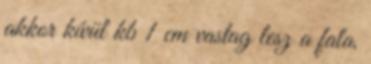
akkor kívül kb 1 cm vastag lesz a fala,